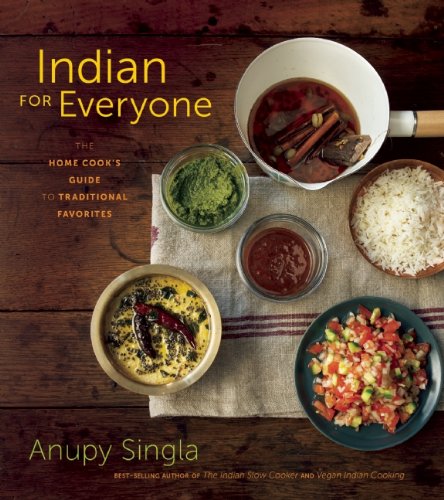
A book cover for Indian for Everyone: The Home Cook's Guide to Traditional Favorites; Anupy Singla; Cookbooks, Food & Wine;